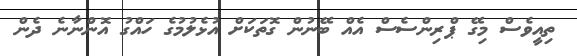
ތިއީވެސް މިގޭ ޕްރިންސެސް އެއް ބޭނުން ގޮތަކަށް އުޅެލުމުގެ ހައްގު އޮންނާނެ ދެން